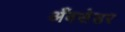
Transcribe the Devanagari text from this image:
अँबसेडर